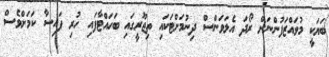
ބަޔަކީ މުވައްޒަފުންނަށް ރޯދަ އެލަވަންސް ދިނުމަށްޓަކައި ތިޖޫރީގައި ބަހައްޓާފައި ހުރި ފައިސާ ކަމަށްވެސް